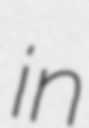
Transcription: in